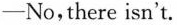
——No,there isn't.